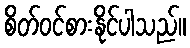
စိတ်ဝင်စားနိုင်ပါသည်။